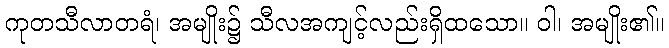
ကုတသီလာတရံ၊ အမျိုး၌ သီလအကျင့်လည်းရှိထသော။ ဝါ၊ အမျိုး၏။